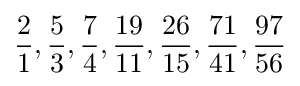
{\frac {2}{1}},{\frac {5}{3}},{\frac {7}{4}},{\frac {19}{11}},{\frac {26}{15}},{\frac {71}{41}},{\frac {97}{56}}